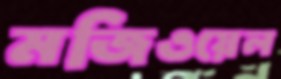
মজিওয়েল